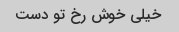
خیلی خوش رخ تو دست